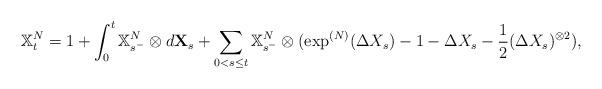
LaTeX: \begin{align*}\mathbb{X}^{N}_t=1+\int_0^t\mathbb{X}^{N}_{s^-}\otimes d\mathbf{X}_s+\sum_{0<s\leq t}\mathbb{X}^{N}_{s^-}\otimes (\exp^{(N)}(\Delta X_s)-1-\Delta X_s-\frac 1 2 (\Delta X_s)^{\otimes 2}),\end{align*}